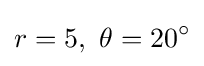
r=5,\ \theta =20^{\circ }